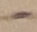
Text: -